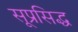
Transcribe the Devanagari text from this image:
सूप्रसिद्ध